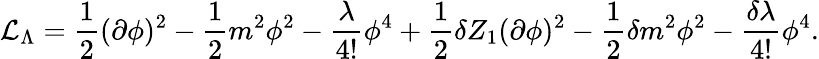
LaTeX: {\cal{L}}_{\Lambda}=\frac{1}{2}(\partial\phi)^{2}-\frac{1}{2}m^{2}\phi^{2}-\frac{\lambda}{4!}\phi^{4}+\frac{1}{2}\delta Z_{1}(\partial\phi)^{2}-\frac{1}{2}\delta m^{2}\phi^{2}-\frac{\delta\lambda}{4!}\phi^{4}.